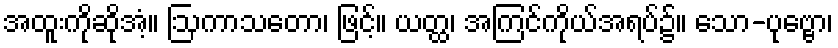
အထူးကိုဆိုအံ့။ ဩကာသတော၊ ဖြင့်။ ယတ္ထ၊ အကြင်ကိုယ်အရပ်၌။ သော-ပုဗ္ဗော၊